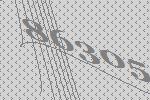
86305